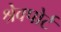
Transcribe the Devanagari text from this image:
श्रेवपोर्ट